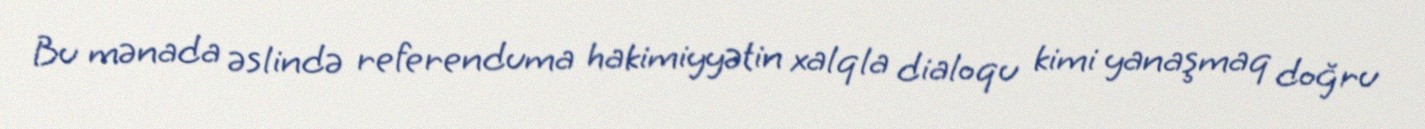
Bu mənada əslində referenduma hakimiyyətin xalqla dialoqu kimi yanaşmaq doğru